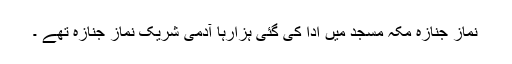
نماز جنازہ مکہ مسجد میں ادا کی گئی ہزارہا آدمی شریک نماز جنازہ تھے ۔